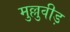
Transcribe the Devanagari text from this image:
मुल्लुवीड़